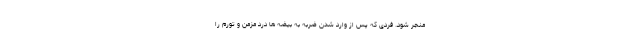
منجر شود. فردی که پس از وارد شدن ضربه به بیضه ها درد مزمن و تورم را